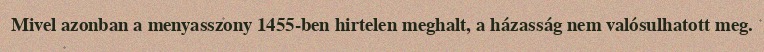
Mivel azonban a menyasszony 1455-ben hirtelen meghalt, a házasság nem valósulhatott meg.